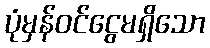
ပုံမှန်ဝင်ငွေမရှိသော